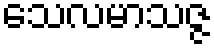
သေလမာသဇ္ဇ